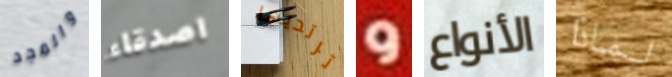
والمجد اصدقاء ترتديها و الأنواع لماذا